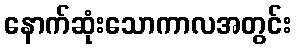
နောက်ဆုံးသောကာလအတွင်း